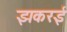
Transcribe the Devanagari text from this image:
झकरई